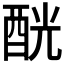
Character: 𨠵